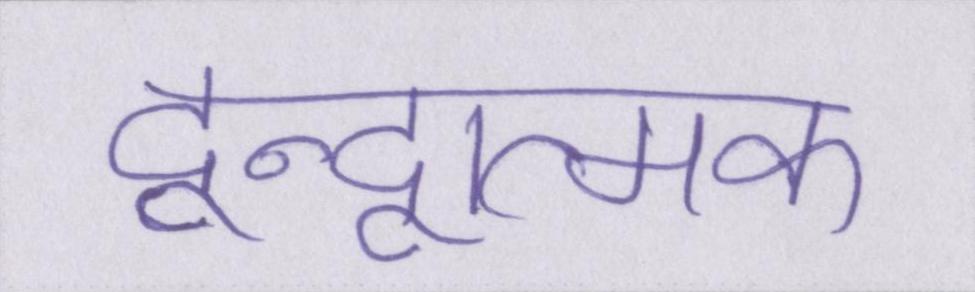
द्वन्द्वात्मक